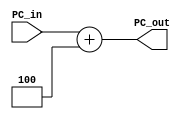
module Adder
  (
    input [31:0] PC_in,
    output [31:0] PC_out
  );
  
  assign PC_out = PC_in + 4;

endmodule

module Adder32
  (
    input [31:0] inp1,inp2,
    output [31:0] result
  );
	
	wire[31:0] shifted_inp2;
	assign shifted_inp2 = inp2 << 2;
  assign result = inp1 + shifted_inp2;

endmodule // Adder32